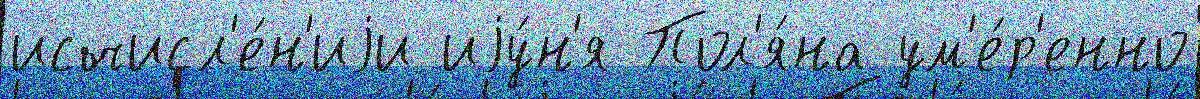
исчисл'е́н'иjи иjу́н'я Пол'я́на ум'е́р'енно